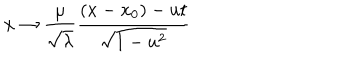
x \rightarrow \frac { \mu } { \sqrt { \lambda } } \frac { ( x - x _ { 0 } ) - u t } { \sqrt { 1 - u ^ { 2 } } }